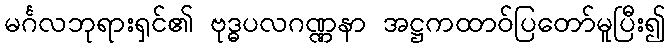
မင်္ဂလဘုရားရှင်၏ ဗုဒ္ဓပလဂဏ္ဏနာ အဋ္ဌကထာဝ်ပြတော်မူပြီး၍